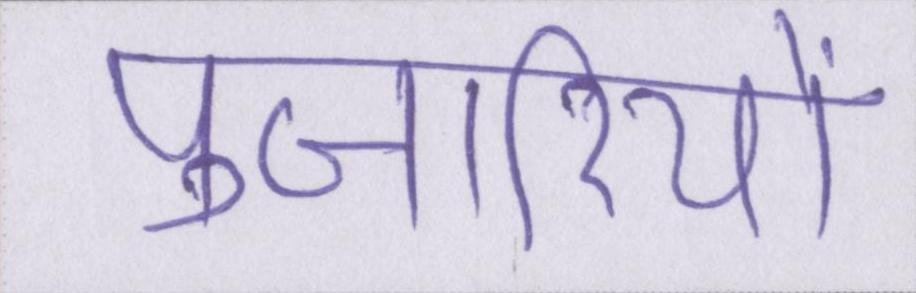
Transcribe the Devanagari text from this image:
पुजारियों